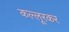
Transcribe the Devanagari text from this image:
कल्लूरकर